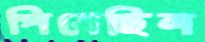
পিষেছিল